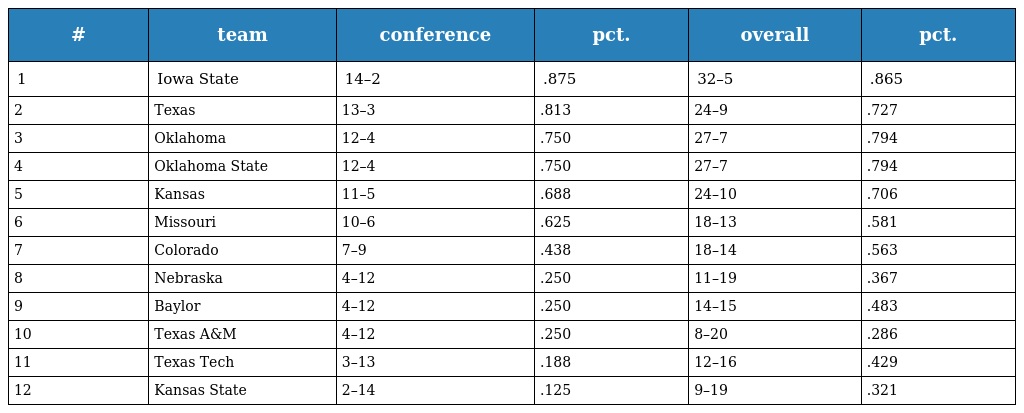
| # | team | conference | pct. | overall | pct. |
 | --- | --- | --- | --- | --- | --- |
 | 1 | Iowa State | 14–2 | .875 | 32–5 | .865 |
 | 2 | Texas | 13–3 | .813 | 24–9 | .727 |
 | 3 | Oklahoma | 12–4 | .750 | 27–7 | .794 |
 | 4 | Oklahoma State | 12–4 | .750 | 27–7 | .794 |
 | 5 | Kansas | 11–5 | .688 | 24–10 | .706 |
 | 6 | Missouri | 10–6 | .625 | 18–13 | .581 |
 | 7 | Colorado | 7–9 | .438 | 18–14 | .563 |
 | 8 | Nebraska | 4–12 | .250 | 11–19 | .367 |
 | 9 | Baylor | 4–12 | .250 | 14–15 | .483 |
 | 10 | Texas A&M | 4–12 | .250 | 8–20 | .286 |
 | 11 | Texas Tech | 3–13 | .188 | 12–16 | .429 |
 | 12 | Kansas State | 2–14 | .125 | 9–19 | .321 |